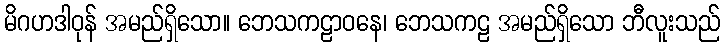
မိဂဟဒါဝုန် အမည်ရှိသော။ ဘေသကဠာဝနေ၊ ဘေသကဠ အမည်ရှိသော ဘီလူးသည်